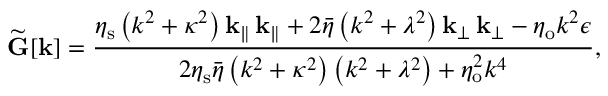
\widetilde { \mathbf { G } } [ \mathbf { k } ] = \frac { \eta _ { \mathrm { s } } \left( k ^ { 2 } + \kappa ^ { 2 } \right) \mathbf { k } _ { \| } \, \mathbf { k } _ { \| } + 2 \bar { \eta } \left( k ^ { 2 } + \lambda ^ { 2 } \right) \mathbf { k } _ { \perp } \, \mathbf { k } _ { \perp } - \eta _ { \mathrm { o } } k ^ { 2 } \boldsymbol { \epsilon } } { 2 \eta _ { \mathrm { s } } \bar { \eta } \left( k ^ { 2 } + \kappa ^ { 2 } \right) \left( k ^ { 2 } + \lambda ^ { 2 } \right) + \eta _ { \mathrm { o } } ^ { 2 } k ^ { 4 } } ,